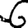
Digit: 6